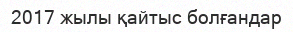
2017 жылы қайтыс болғандар